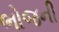
ભોજની